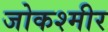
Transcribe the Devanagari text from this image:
जोकश्मीर